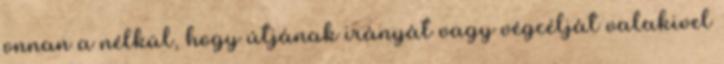
onnan a nélkül, hogy útjának irányát vagy végcélját valakivel